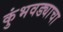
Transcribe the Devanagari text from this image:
कुंभवड्याचा